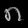
Digit: ၈